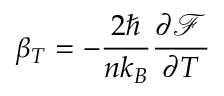
\beta _ { T } = - \frac { 2 \hbar } { n k _ { B } } \frac { \partial \mathcal { F } } { \partial T }